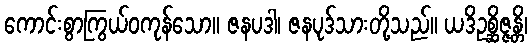
ကောင်းစွာကြွယ်ဝကုန်သော။ ဇနပဒါ၊ ဇနပုဒ်သားတို့သည်။ ယဒိဥစ္ဆိဇ္ဇန္တိ၊